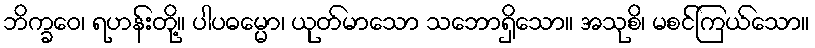
ဘိက္ခဝေ၊ ရဟန်းတို့။ ပါပဓမ္မော၊ ယုတ်မာသော သဘောရှိသော။ အသုစိ၊ မစင်ကြယ်သော။